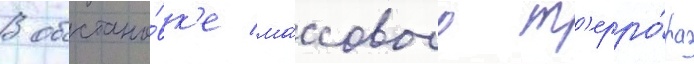
В обстано́вк'е ма́ссового т'ерро́ра